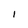
Character: I